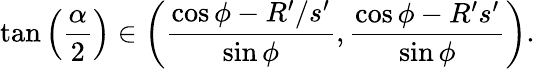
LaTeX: \tan\left(\frac{\alpha}{2}\right)\in\left(\frac{\cos\phi-R^{\prime}/s^{\prime}}{\sin\phi},\frac{\cos\phi-R^{\prime}s^{\prime}}{\sin\phi}\right).